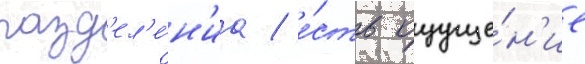
разд'ел'е́н'иа / е́сть ощуще́н'ие